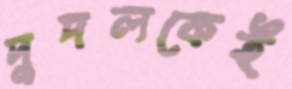
দুদলকেই